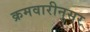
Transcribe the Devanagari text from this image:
क्रमवारीनुसर